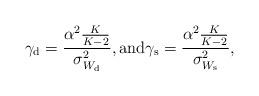
LaTeX: \begin{align*}\gamma_{\rm d}=\frac{\alpha^2\frac{K}{K-2}}{\sigma_{W_{\rm d}}^2}, \mathrm{and} \gamma_{\rm s}=\frac{\alpha^2\frac{K}{K-2}}{\sigma_{W_{\rm s}}^2},\end{align*}